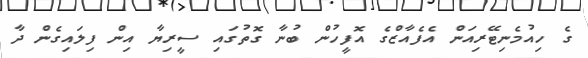
ގެ ހިއުމެނިޓޭރިއަން އެފެއާޒްގެ އޮފީހުން ބުނާ ގޮތުގައި ސީރިޔާ އިން ފިލައިގެން ދާ